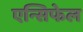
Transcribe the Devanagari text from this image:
एन्सिफेल